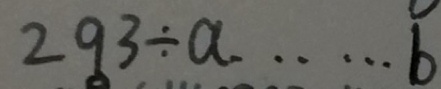
2 9 3 \div a \cdots b